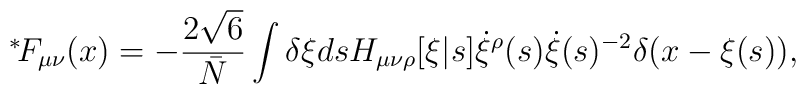
\mbox{\mbox{}$^*\!$} F_{\mu\nu}(x) = - \frac{2 \sqrt{6}}{\bar{N}} \int \delta\xi ds   H_{\mu\nu\rho}[\xi|s] \dot{\xi}^\rho(s) \dot{\xi}(s)^{-2} \delta(x-\xi(s)),